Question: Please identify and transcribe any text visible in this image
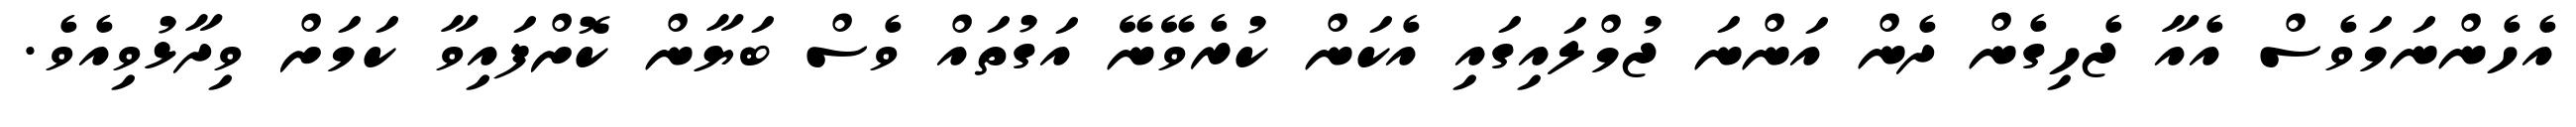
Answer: އެހެންނަމަވެސް އެއާ ޖެހިގެން ދެން އަންނަ ޖުމްލައިގައި އެކަން ކުރެވޭނޭ އަގުތައް ވެސް ބަޔާން ކޮށްފައިވާ ކަމަށް ވިދާޅުވިއެވެ.